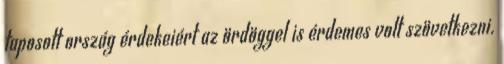
taposott ország érdekeiért az ördöggel is érdemes volt szövetkezni.